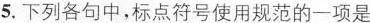
5.下列各句中，标点符号使用规范的一项是